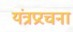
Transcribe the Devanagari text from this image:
यंत्रप्ररचना